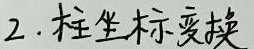
2. 柱坐标变换